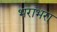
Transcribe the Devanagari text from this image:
भराभरा